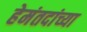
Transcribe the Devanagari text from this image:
हेमंतदांच्या